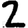
Digit: 2